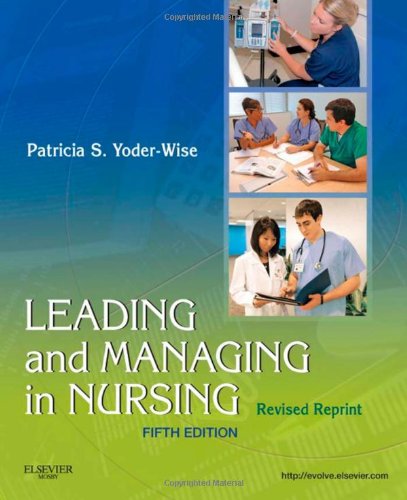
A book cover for Leading and Managing in Nursing - Revised Reprint, 5e; Patricia S. Yoder-Wise RN  EdD  NEA-BC  ANEF  FAAN; Medical Books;